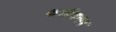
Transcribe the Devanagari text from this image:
क्षत्रीयनम